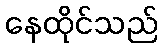
နေထိုင်သည်